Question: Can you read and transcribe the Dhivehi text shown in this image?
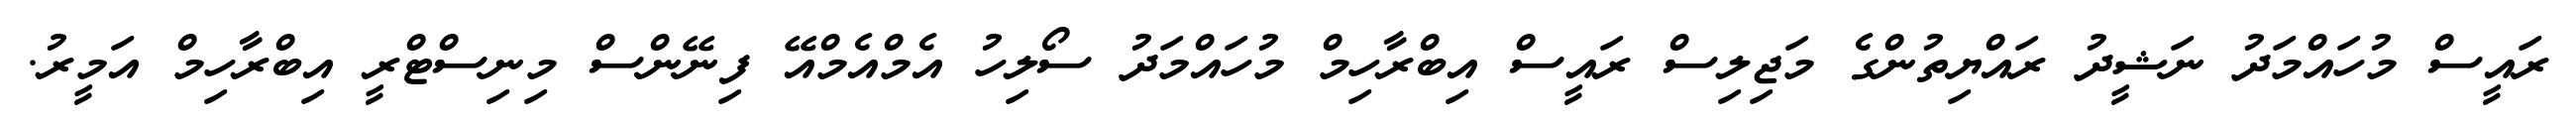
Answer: ރައީސް މުހައްމަދު ނަޝީދު ރައްޔިތުންގެ މަޖިލިސް ރައީސް އިބްރާހިމް މުހައްމަދު ސޯލިހު އެމްއެމްއޭ ފިނޭންސް މިނިސްޓްރީ އިބްރާހިމް އަމީރު.